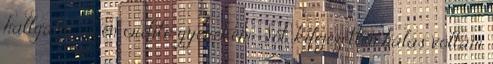
hallgatni az én ordító gyerekem. Sőt, kifejezetten hálás voltam